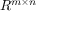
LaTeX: R ^ { m \times n }